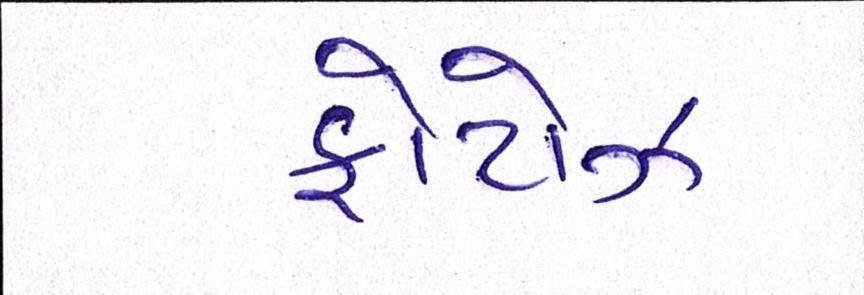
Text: ફોટોઝ